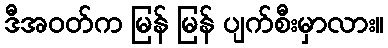
ဒီအဝတ်က မြန် မြန် ပျက်စီးမှာလား။